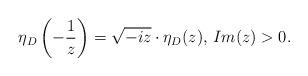
LaTeX: \begin{align*}\eta_D\left(-\frac{1}{z}\right)=\sqrt{-iz}\cdot\eta_D(z)\textrm{, }Im(z)>0.\end{align*}